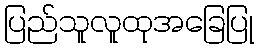
ပြည်သူလူထုအခြေပြု